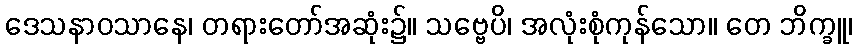
ဒေသနာဝသာနေ၊ တရားတော်အဆုံး၌။ သဗ္ဗေပိ၊ အလုံးစုံကုန်သော။ တေ ဘိက္ခူ၊